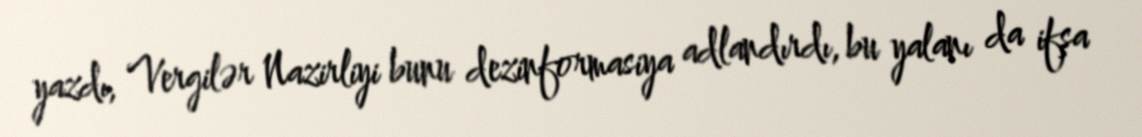
yazdı, Vergilər Nazirliyi bunu dezinformasiya adlandırdı, bu yalanı da ifşa